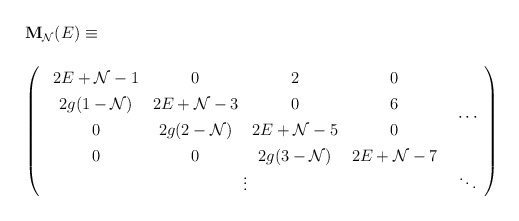
\begin{align*}\begin{array}{l}{\bf M}_{{\cal N}}(E) \equiv \\\\\left(\renewcommand{\arraystretch}{1.3}\begin{array}{cc}\begin{array}{cccc}2 E + {\cal N} - 1 & 0 & 2 & 0\\2 g (1- {\cal N} ) & 2E + {\cal N} - 3 & 0 & 6\\0 & 2 g ( 2 - {\cal N}) & 2E + {\cal N} - 5 & 0 \\0 & 0 & 2 g ( 3 - {\cal N}) & 2E + {\cal N} - 7\end{array}& \cdots\\\vdots & \ddots \end{array}\right) \end{array}\end{align*}